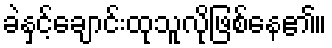
ခဲနှင့်ချောင်းထုသူလိုဖြစ်နေ၏။